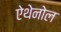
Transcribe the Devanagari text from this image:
ऐथेनोल